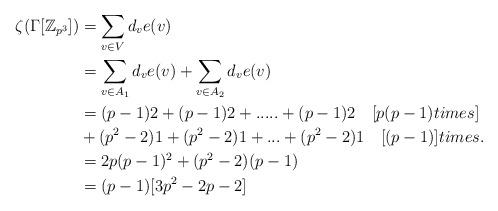
LaTeX: \begin{align*}\mathbf\zeta(\Gamma[\mathbb{Z}_{p^{3}}])& = \sum\limits_{v \in V}{d_{v}e(v)} \\ &=\sum\limits_{v \in A_1}{d_{v}e(v)}+\sum\limits_{v \in A_2}{d_{v}e(v)} \\ &=(p-1)2+(p-1)2+.....+(p-1)2\quad{[p(p-1) times]}\\ & + (p^{2}-2)1+(p^{2}-2)1+...+(p^{2}-2)1\quad{[(p-1)]times}.\\ &=2p(p-1)^{2}+(p^{2}-2)(p-1)\\ &=(p-1)[3p^{2}-2p-2] \end{align*}